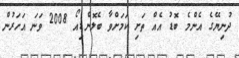
ދުނިޔޭގެ އެންމެ ބޮޑު އެއް ތަށި ކަމަށްވާ ބެލޮންޑިއޯ 2008 ވަނަ އަހަރުން